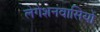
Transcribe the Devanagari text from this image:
लेगेशनवासियों